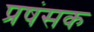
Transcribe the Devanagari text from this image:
प्रषंसक